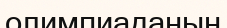
олимпиаданың